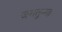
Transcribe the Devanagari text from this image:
जगतुन्गा